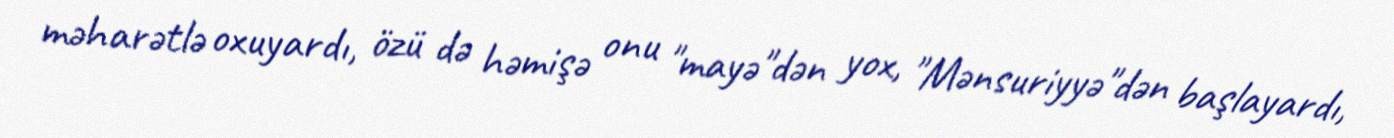
məharətlə oxuyardı, özü də həmişə onu "mayə"dən yox, "Mənsuriyyə"dən başlayardı,